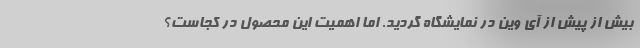
بیش از پیش از آی وین در نمایشگاه گردید. اما اهمیت این محصول در کجاست؟